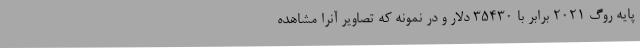
پایه روگ 2021 برابر با 35430 دلار و در نمونه که تصاویر آنرا مشاهده